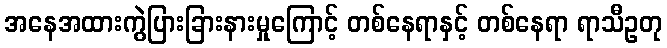
အနေအထားကွဲပြားခြားနားမှုကြောင့် တစ်နေရာနှင့် တစ်နေရာ ရာသီဥတု